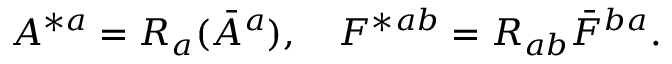
A ^ { * a } = R _ { a } ( \bar { A } ^ { a } ) , \quad F ^ { * } { } ^ { a b } = R _ { a b } \bar { F } ^ { b a } .